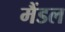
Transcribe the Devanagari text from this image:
मैंडल